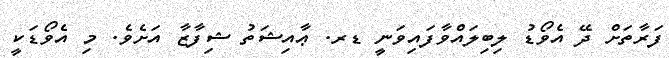
ފަރާތަށް ދޭ އެވޯޑު ލިބިލައްވާފައިވަނީ ޑރ. ޢާއިޝަތު ޝިފާޒާ އަށެވެ. މި އެވޯޑަކީ